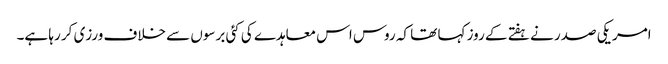
امریکی صدر نے ہفتے کے روز کہا تھا کہ روس اس معاہدے کی کئی برسوں سے خلاف ورزی کر رہا ہے۔